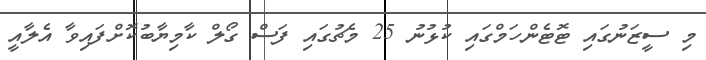
މި ސީޒަނުގައި ޓޮޓެންހަމްގައި ކުޅުނު 25 މެޗުގައި ފަސް ގޯލް ކާމިޔާބުކޮށްފައިވާ އެލާއީ